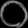
Digit: ၀